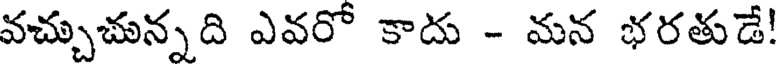
వచ్చుచున్నది ఎవరో కాదు - మన భరతుడే!